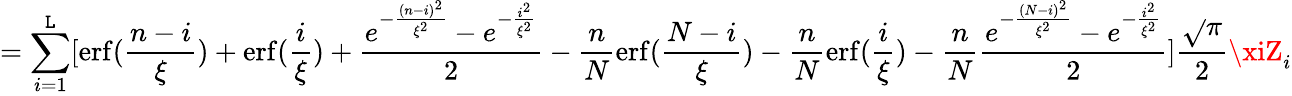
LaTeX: =\sum_{i=1}^{\mathtt{L}}[\operatorname{erf}(\frac{{n-i}}{{\xi}})+\operatorname{erf}(\frac{{i}}{{\xi}})+\frac{{e^{-\frac{{(n-i)^{2}}}{{\xi^{2}}}}-e^{-\frac{{i^{2}}}{{\xi^{2}}}}}}{{2}}-\frac{{n}}{{N}}\operatorname{erf}(\frac{{N-i}}{{\xi}})-\frac{{n}}{{N}}\operatorname{erf}(\frac{{i}}{{\xi}})-\frac{{n}}{{N}}\frac{{e^{-\frac{{(N-i)^{2}}}{{\xi^{2}}}}-e^{-\frac{{i^{2}}}{{\xi^{2}}}}}}{{2}}]\frac{{\sqrt{}{{\pi}}}}{{2}}\xiZ_{i}